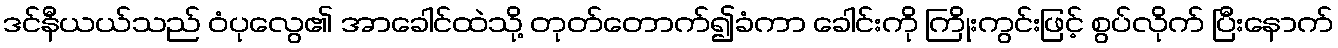
ဒင်နီယယ်သည် ဝံပုလွေ၏ အာခေါင်ထဲသို့ တုတ်တောက်၍ခံကာ ခေါင်းကို ကြိုးကွင်းဖြင့် စွပ်လိုက် ပြီးနောက်